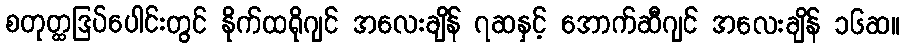
စတုတ္ထဒြပ်ပေါင်းတွင် နိုက်ထရိုဂျင် အလေးချိန် ၇ဆနှင့် အောက်ဆီဂျင် အလေးချိန် ၁၆ဆ။